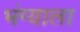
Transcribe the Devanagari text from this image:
भंग्याला